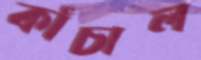
কাঁচাল